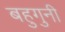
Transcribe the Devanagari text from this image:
बहुगुनी